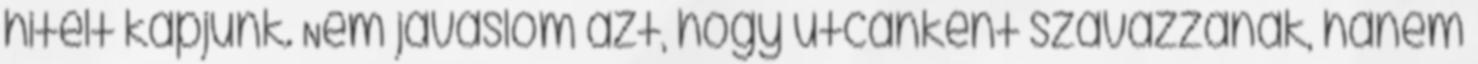
hitelt kapjunk. Nem javaslom azt, hogy utcánként szavazzanak, hanem